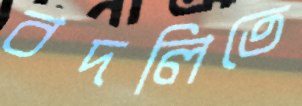
বদলিতে